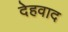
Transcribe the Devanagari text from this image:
देहवाद